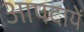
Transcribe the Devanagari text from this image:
आपदायें